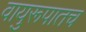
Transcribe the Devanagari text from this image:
वायुरूपातच